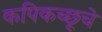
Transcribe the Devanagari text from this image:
कपिकच्छूचे